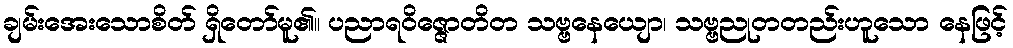
ချမ်းအေးသောစိတ် ရှိတော်မူ၏။ ပညာရဝိဇ္ဇောတိတ သဗ္ဗနေယျော၊ သဗ္ဗညုတတည်းဟူသော နေဖြင့်